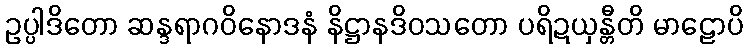
ဥပ္ပါဒိတော ဆန္ဒရာဂဝိနောဒနံ နိဋ္ဌာနဒိဝသတော ပရိဍယှန္တီတိ မာဠောပိ